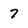
Character: 7